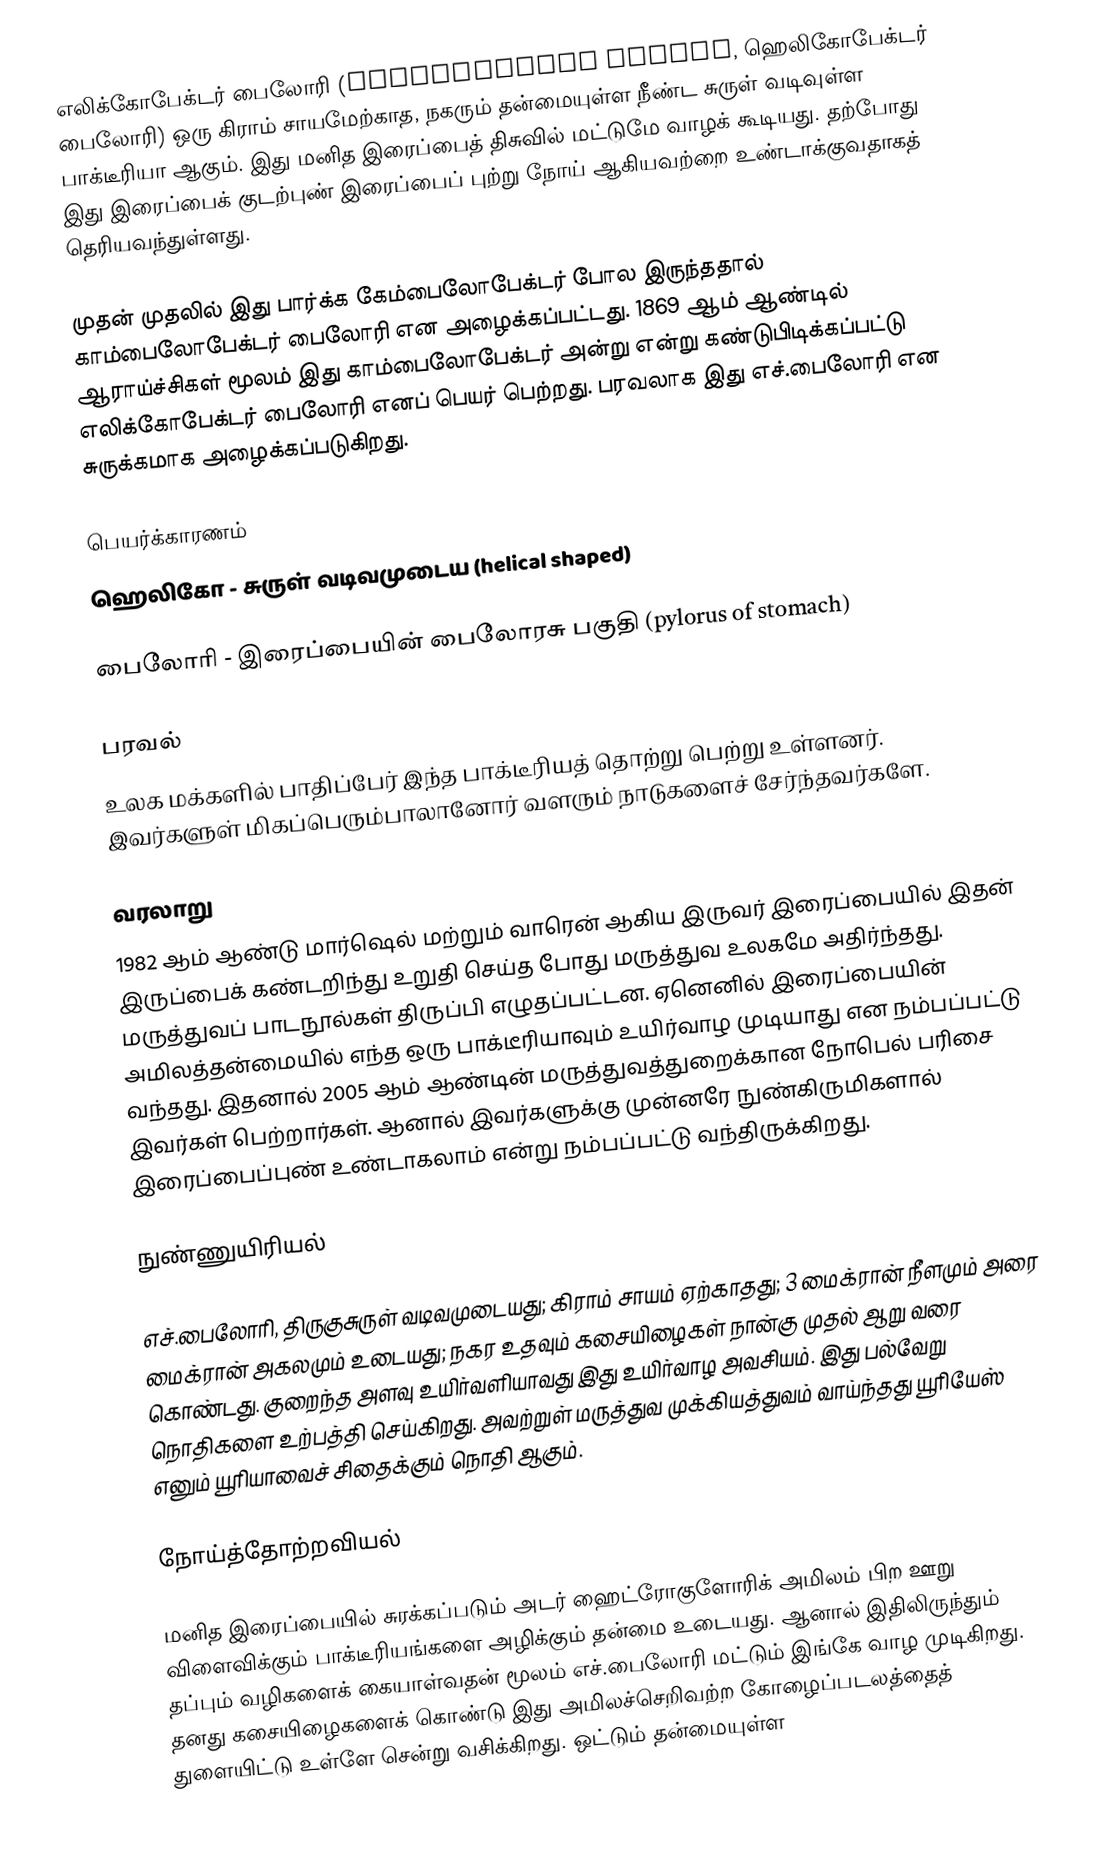
எலிக்கோபேக்டர் பைலோரி (Helicobacter pylori, ஹெலிகோபேக்டர் பைலோரி) ஒரு கிராம் சாயமேற்காத, நகரும் தன்மையுள்ள நீண்ட சுருள் வடிவுள்ள பாக்டீரியா ஆகும். இது மனித இரைப்பைத் திசுவில் மட்டுமே வாழக் கூடியது. தற்போது இது இரைப்பைக் குடற்புண் இரைப்பைப் புற்று நோய் ஆகியவற்றை உண்டாக்குவதாகத் தெரியவந்துள்ளது.

முதன் முதலில் இது பார்க்க கேம்பைலோபேக்டர் போல இருந்ததால் காம்பைலோபேக்டர் பைலோரி என அழைக்கப்பட்டது. 1869 ஆம் ஆண்டில் ஆராய்ச்சிகள் மூலம் இது காம்பைலோபேக்டர் அன்று என்று கண்டுபிடிக்கப்பட்டு எலிக்கோபேக்டர் பைலோரி எனப் பெயர் பெற்றது. பரவலாக இது எச்.பைலோரி என சுருக்கமாக அழைக்கப்படுகிறது.

பெயர்க்காரணம்
ஹெலிகோ - சுருள் வடிவமுடைய (helical shaped)

பைலோரி - இரைப்பையின் பைலோரசு பகுதி (pylorus of stomach)

பரவல்
உலக மக்களில் பாதிப்பேர் இந்த பாக்டீரியத் தொற்று பெற்று உள்ளனர். இவர்களுள் மிகப்பெரும்பாலானோர் வளரும் நாடுகளைச் சேர்ந்தவர்களே.

வரலாறு
1982 ஆம் ஆண்டு மார்ஷெல் மற்றும் வாரென் ஆகிய இருவர் இரைப்பையில் இதன் இருப்பைக் கண்டறிந்து உறுதி செய்த போது மருத்துவ உலகமே அதிர்ந்தது. மருத்துவப் பாடநூல்கள் திருப்பி எழுதப்பட்டன. ஏனெனில் இரைப்பையின் அமிலத்தன்மையில் எந்த ஒரு பாக்டீரியாவும் உயிர்வாழ முடியாது என நம்பப்பட்டு வந்தது. இதனால் 2005 ஆம் ஆண்டின் மருத்துவத்துறைக்கான நோபெல் பரிசை இவர்கள் பெற்றார்கள். ஆனால் இவர்களுக்கு முன்னரே நுண்கிருமிகளால் இரைப்பைப்புண் உண்டாகலாம் என்று நம்பப்பட்டு வந்திருக்கிறது.

நுண்ணுயிரியல்

எச்.பைலோரி, திருகுசுருள் வடிவமுடையது; கிராம் சாயம் ஏற்காதது; 3 மைக்ரான் நீளமும் அரை மைக்ரான் அகலமும் உடையது; நகர உதவும் கசையிழைகள் நான்கு முதல் ஆறு வரை கொண்டது. குறைந்த அளவு உயிர்வளியாவது இது உயிர்வாழ அவசியம். இது பல்வேறு நொதிகளை உற்பத்தி செய்கிறது. அவற்றுள் மருத்துவ முக்கியத்துவம் வாய்ந்தது யூரியேஸ் எனும் யூரியாவைச் சிதைக்கும் நொதி ஆகும்.

நோய்த்தோற்றவியல்

மனித இரைப்பையில் சுரக்கப்படும் அடர் ஹைட்ரோகுளோரிக் அமிலம் பிற ஊறு விளைவிக்கும் பாக்டீரியங்களை அழிக்கும் தன்மை உடையது. ஆனால் இதிலிருந்தும் தப்பும் வழிகளைக் கையாள்வதன் மூலம் எச்.பைலோரி மட்டும் இங்கே வாழ முடிகிறது. தனது கசையிழைகளைக் கொண்டு இது அமிலச்செறிவற்ற கோழைப்படலத்தைத் துளையிட்டு உள்ளே சென்று வசிக்கிறது. ஒட்டும் தன்மையுள்ள